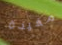
مفيدة